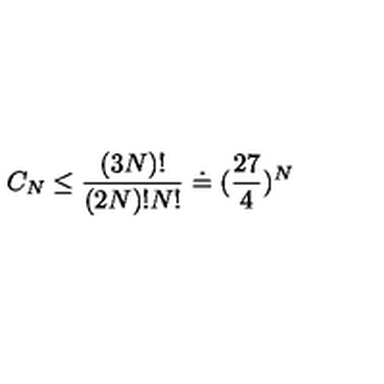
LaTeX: C _ { N } \leq \frac { ( 3 N ) ! } { ( 2 N ) ! N ! } \doteq ( \frac { 2 7 } { 4 } ) ^ { N }